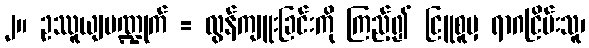
၂။ ဥဿူယျပဏ္ဍုက် = လွန်ကျူးခြင်းကို ကြည့်၍ ငြူစူမှ ရာဂငြိမ်းသူ၊